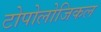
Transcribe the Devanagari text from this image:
टोपोलोजिकल